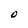
Character: O